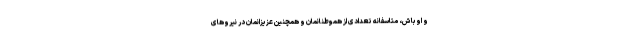
و اوباش، متاسفانه تعدادی از هموطنانمان و همچنین عزیزانمان در نیروهای